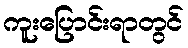
ကူးပြောင်းရာတွင်